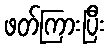
ဖတ်ကြားပြီး